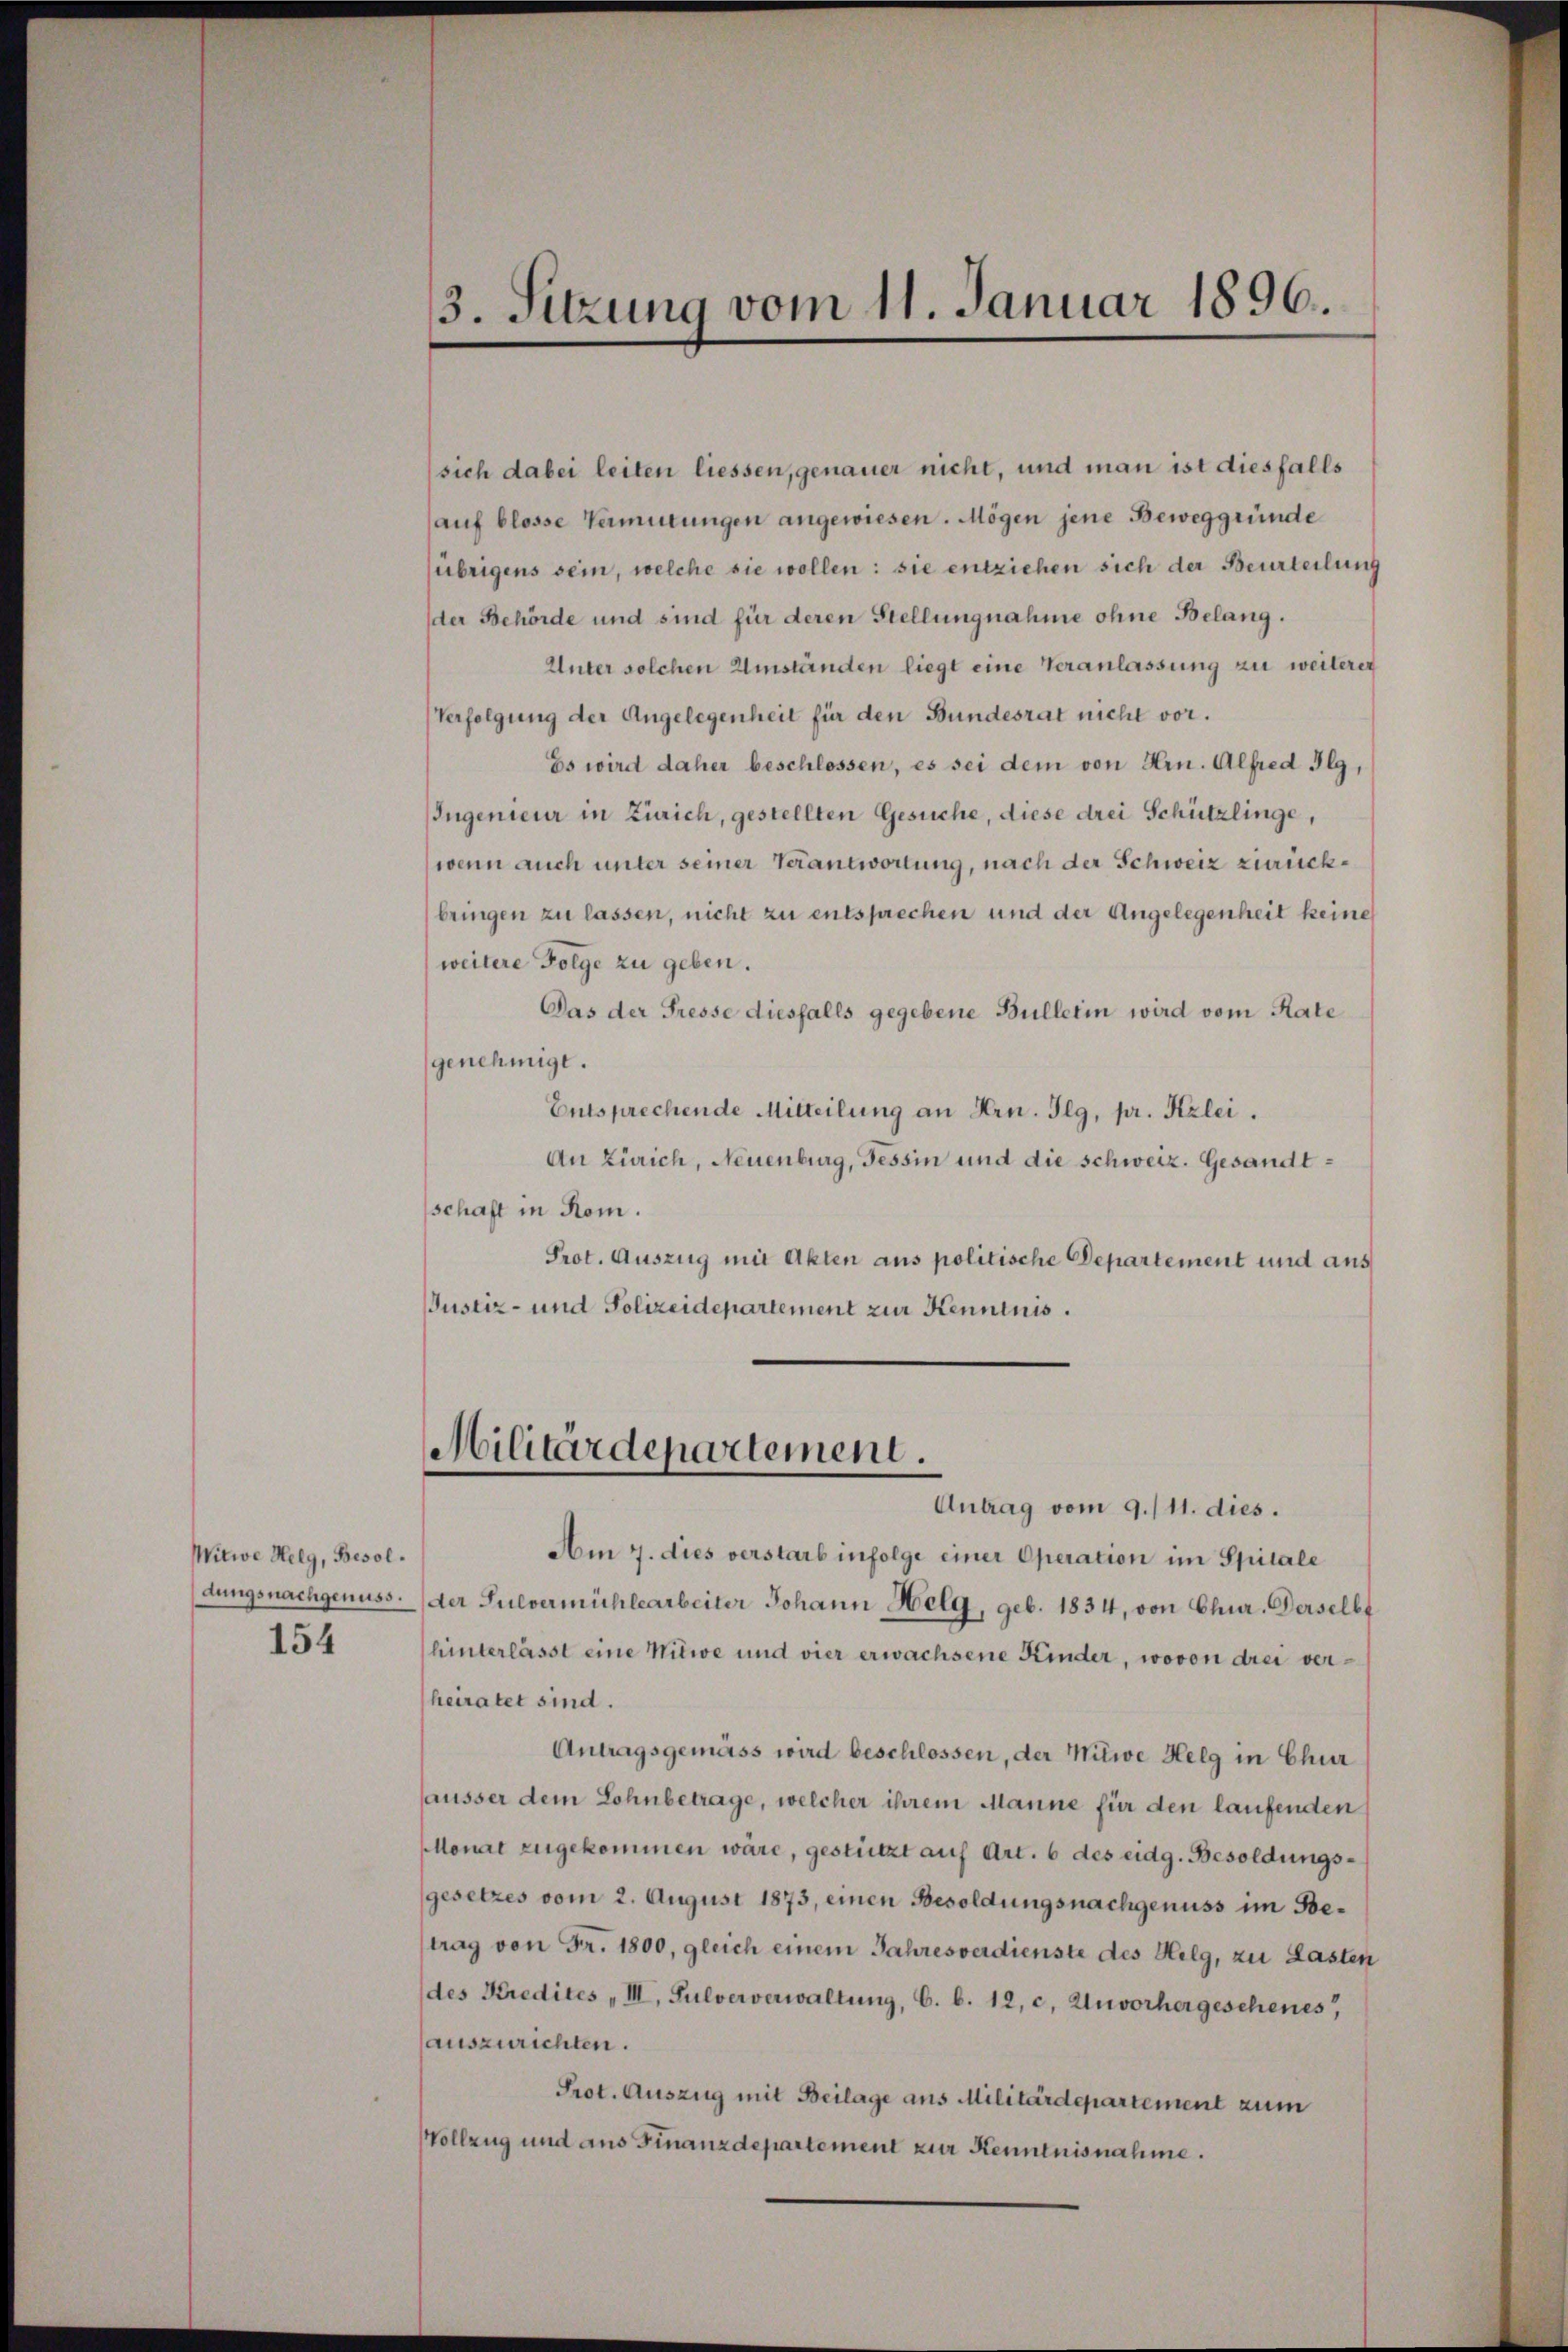
Mitwe Helg, Besol
154

3. Sitzung vom 11. Januar 1896.

sich dabei leiten liessen, genauer nicht, und man ist diesfalls
auf blosse Vermutungen angewiesen. Mögen jene Beweggründe
(übrigens sein, welche sie wollen: sie entziehen sich der Beurteilung
der Behörde und sind für deren Stellungnahme ohne Belang.
Unter solchen Umständen liegt eine Veranlassung zu weiterer
Verfolgung der Angelegenheit für den Bundesrat nicht vor.
Es wird daher beschlossen, es sei dem von Hrn. Alfred Ilg,
Ingenieur in Zürich, gestellten Gesuche, diese drei Schützlinge,
wenn auch unter seiner Verantwortung, nach der Schweiz zurückbringen zu lassen, nicht zu entsprechen und der Angelegenheit keine
weitere Folge zu geben.
Das der Presse diesfalls gegebene Büllerin wird vom Rate
genehmigt.
Entsprechende Mitteilung an Hrn. Ilg, pr. Kzlei.
An Zürich, Neuenburg, Tessin und die schweiz. Gesandtschaft in Rom.
Prot. Auszug mit Akten aus politische Departement und aus
Justiz- und Polizeidepartement zur Kenntnis.

Militärdepartement.

Antrag vom 9./11. dies.
Am 7. dies verstarb infolge einer Operation im Spitale
dungsnachgenuss. der Pulvermühlearbeiter Johann Helg, geb. 1834, von Chur. Ferselbt
hinterlässt eine Witwe und vier erwachsene Kinder, wovon drei verheiratet sind.
Antragsgemäss wird beschlossen, der Witwe Helg in Chur
äusser dem Lohnbetrage, welcher ihrem Manne für den laufenden
Monat zugekommen wäre, gestützt auf Art. 6 des eidg. Besoldungsgesetzes vom 2. August 1873, einen Besoldungsnachgenuss im Betrag von Fr. 1800, gleich einem Jahresverdienste des Helg, zu Lasten
(des Kredites „III, Pulververwaltŭng, C. b. 12, c. Unvorhergeschenes,
auszurichten.
Prot. Auszug mit Beilage aus Militärdepartement zum
Wollzug und ans Finanzdepartement zur Kenntnisnahme.